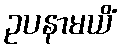
ဥပနာမယိံ